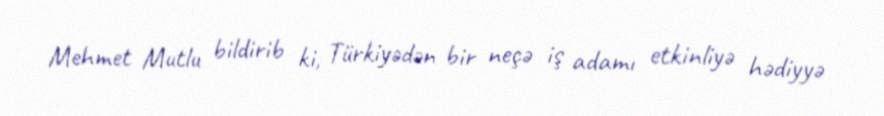
Mehmet Mutlu bildirib ki, Türkiyədən bir neçə iş adamı etkinliyə hədiyyə